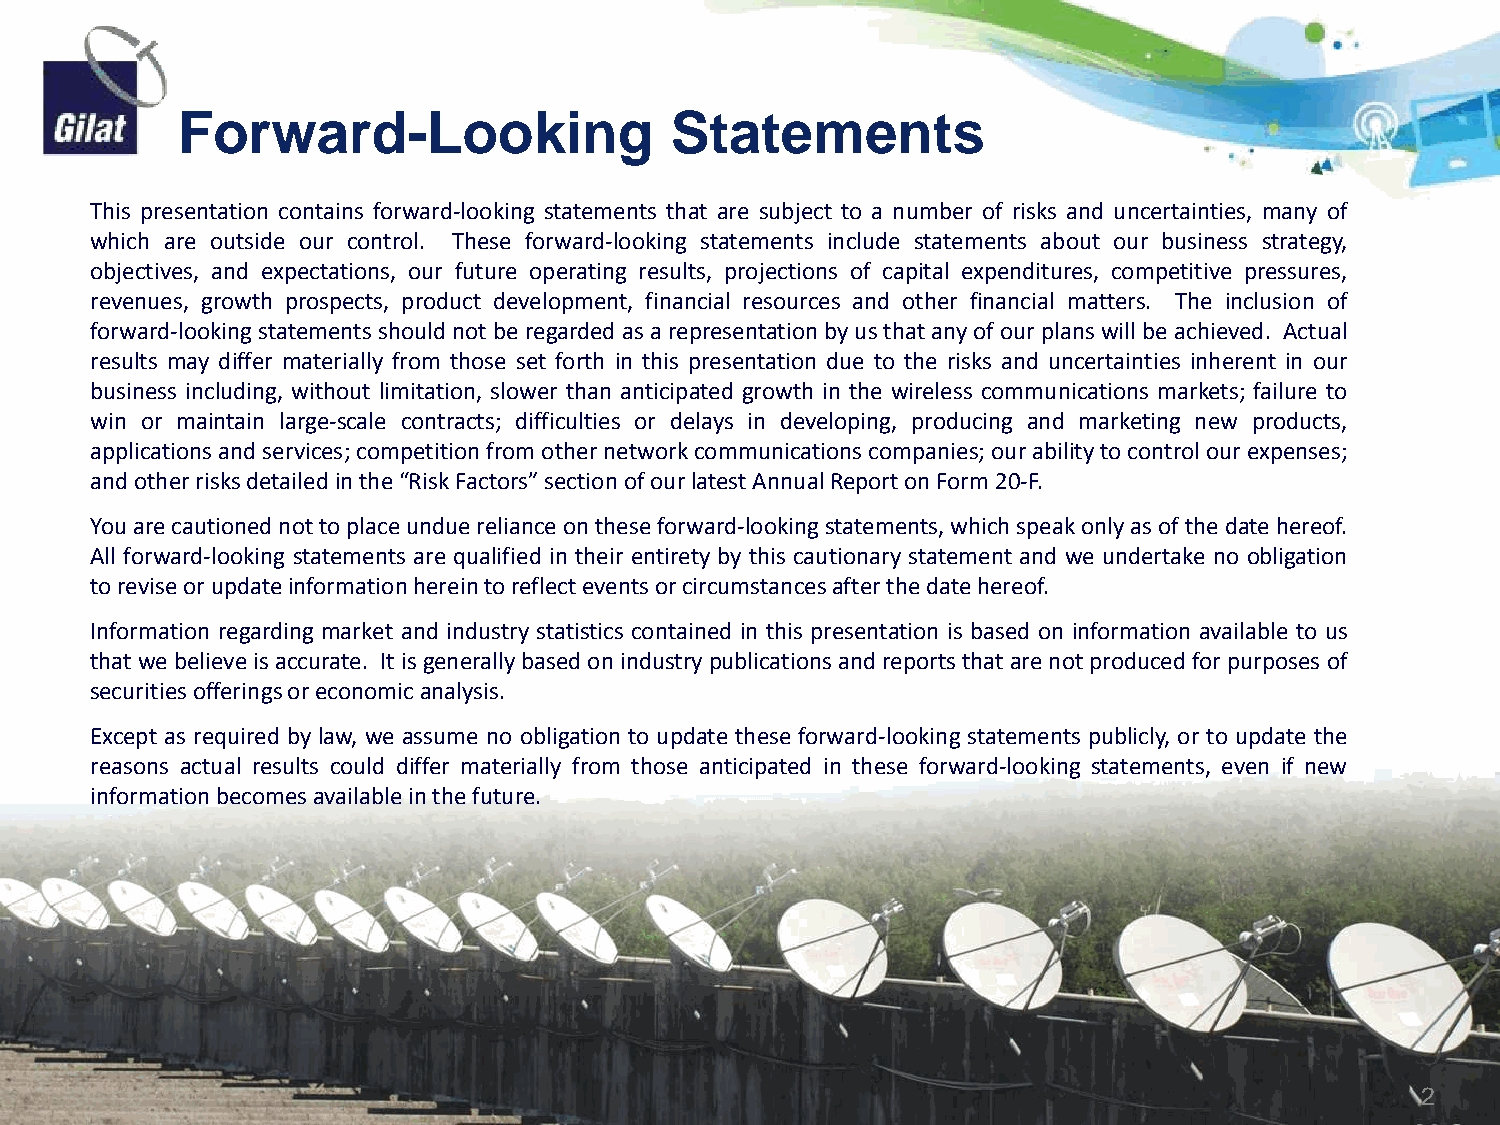
Forward-Looking                 Statements
 This presentation contains forward-looking statements that are subject to a number of risks and uncertainties, many of
 which are outside our control. These forward-looking statements include statements about our business strategy,
 objectives, and expectations, our future operating results, projections of capital expenditures, competitive pressures,
 revenues, growth prospects, product development, financial resources and other financial matters. The inclusion of
 forward-looking statements should not be regarded as a representation by us that any of our plans will be achieved. Actual
 results may differ materially from those set forth in this presentation due to the risks and uncertainties inherent in our
 business including, without limitation, slower than anticipated growth in the wireless communications markets; failure to
 win or maintain large-scale contracts; difficulties or delays in developing, producing and marketing new products,
 applications and services; competition from other network communications companies; our ability to control our expenses;
 and other risks detailed in the “Risk Factors” section of our latest Annual Report on Form 20-F.
 You are cautioned not to place undue reliance on these forward-looking statements, which speak only as of the date hereof.
 All forward-looking statements are qualified in their entirety by this cautionary statement and we undertake no obligation
 to revise or update information herein to reflect events or circumstances after the date hereof.
 Information regarding market and industry statistics contained in this presentation is based on information available to us
 that we believe is accurate. It is generally based on industry publications and reports that are not produced for purposes of
 securities offerings or economic analysis.
 Except as required by law, we assume no obligation to update these forward-looking statements publicly, or to update the
 reasons actual results could differ materially from those anticipated in these forward-looking statements, even if new
 information becomes available in the future.
 Confidential and proprietary information                                                   2